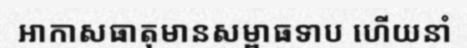
អាកាសធាតុមានសម្ពាធទាប ហើយនាំ